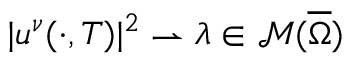
| u ^ { \nu } ( \cdot , T ) | ^ { 2 } \rightharpoonup \lambda \in \mathcal { M } ( \overline { { \Omega } } )